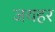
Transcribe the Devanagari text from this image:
जयहर